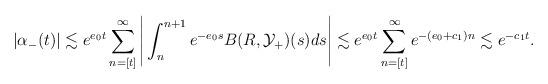
LaTeX: \begin{align*}|\alpha_-(t)| \lesssim e^{e_0 t} \sum_{n=[t]}^\infty \Bigg| \int_{n}^{n+1} e^{-e_0 s} B(R, \mathcal{Y}_+)(s) ds \Bigg| \lesssim e^{e_0 t} \sum_{n=[t]}^\infty e^{-(e_0 + c_1) n} \lesssim e^{-c_1 t}.\end{align*}